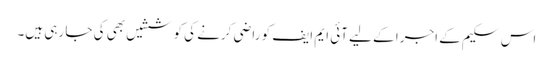
اس سکیم کے اجرا کے لیے آئی ایم ایف کو راضی کرنے کی کوششیں بھی کی جا رہی ہیں۔